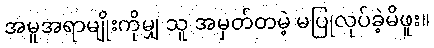
အမူအရာမျိုးကိုမျှ သူ အမှတ်တမဲ့ မပြုလုပ်ခဲ့မိဖူး။